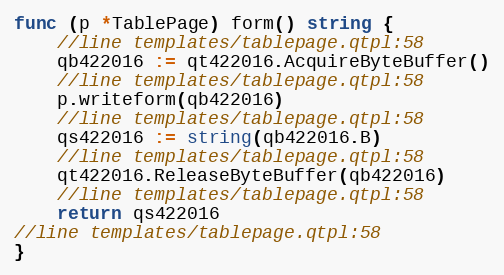
Language: Go
func (p *TablePage) form() string {
	//line templates/tablepage.qtpl:58
	qb422016 := qt422016.AcquireByteBuffer()
	//line templates/tablepage.qtpl:58
	p.writeform(qb422016)
	//line templates/tablepage.qtpl:58
	qs422016 := string(qb422016.B)
	//line templates/tablepage.qtpl:58
	qt422016.ReleaseByteBuffer(qb422016)
	//line templates/tablepage.qtpl:58
	return qs422016
//line templates/tablepage.qtpl:58
}